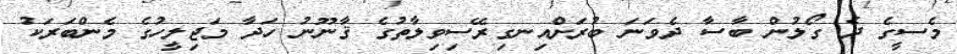
މެސީގެ ދެ ގޯލުން ބާސާ ދެވަނަ ބުރަށްއިނގިރޭސިވިލާތުގެ ޤާނޫނު ހަދާ މަޖިލީހުގެ މެންބަރަކު